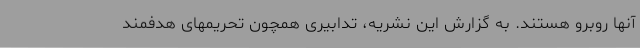
آنها روبرو هستند. به گزارش این نشریه، تدابیری همچون تحریمهای هدفمند